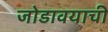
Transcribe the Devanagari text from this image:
जोडावयाची